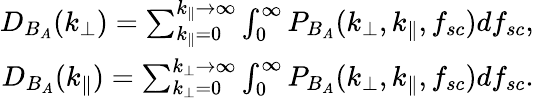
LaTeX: \begin{array}{r}{D_{B_{A}}(k_{\perp})=\sum_{k_{\parallel}=0}^{k_{\parallel}\rightarrow\infty}\int_{0}^{\infty}P_{B_{A}}(k_{\perp},k_{\parallel},f_{sc})df_{sc},}\\ {D_{B_{A}}(k_{\parallel})=\sum_{k_{\perp}=0}^{k_{\perp}\rightarrow\infty}\int_{0}^{\infty}P_{B_{A}}(k_{\perp},k_{\parallel},f_{sc})df_{sc}.}\end{array}